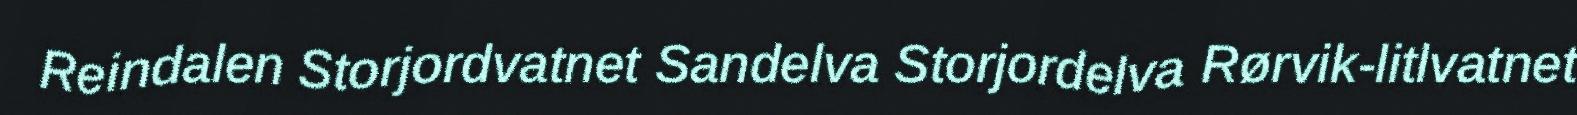
Reindalen Storjordvatnet Sandelva Storjordelva Rørvik-litlvatnet